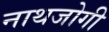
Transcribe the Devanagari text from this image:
नाथजोगी